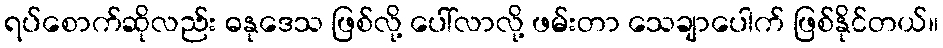
ရပ်စောက်ဆိုလည်း ဓနုဒေသ ဖြစ်လို့ ပေါ်လာလို့ ဖမ်းတာ သေချာပေါက် ဖြစ်နိုင်တယ်။